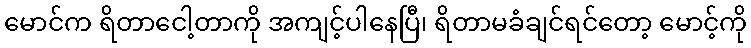
မောင်က ရိတာငေါ့တာကို အကျင့်ပါနေပြီ၊ ရိတာမခံချင်ရင်တော့ မောင့်ကို